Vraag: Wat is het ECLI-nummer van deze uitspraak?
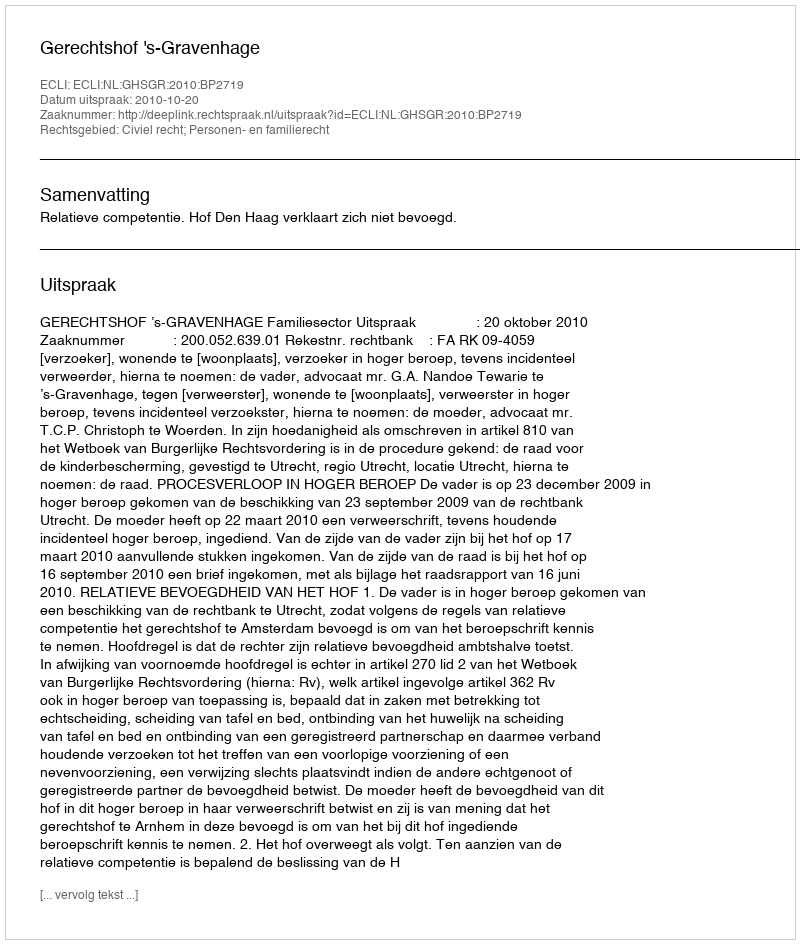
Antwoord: ECLI:NL:GHSGR:2010:BP2719